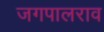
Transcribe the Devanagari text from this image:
जगपालराव